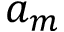
a _ { m }